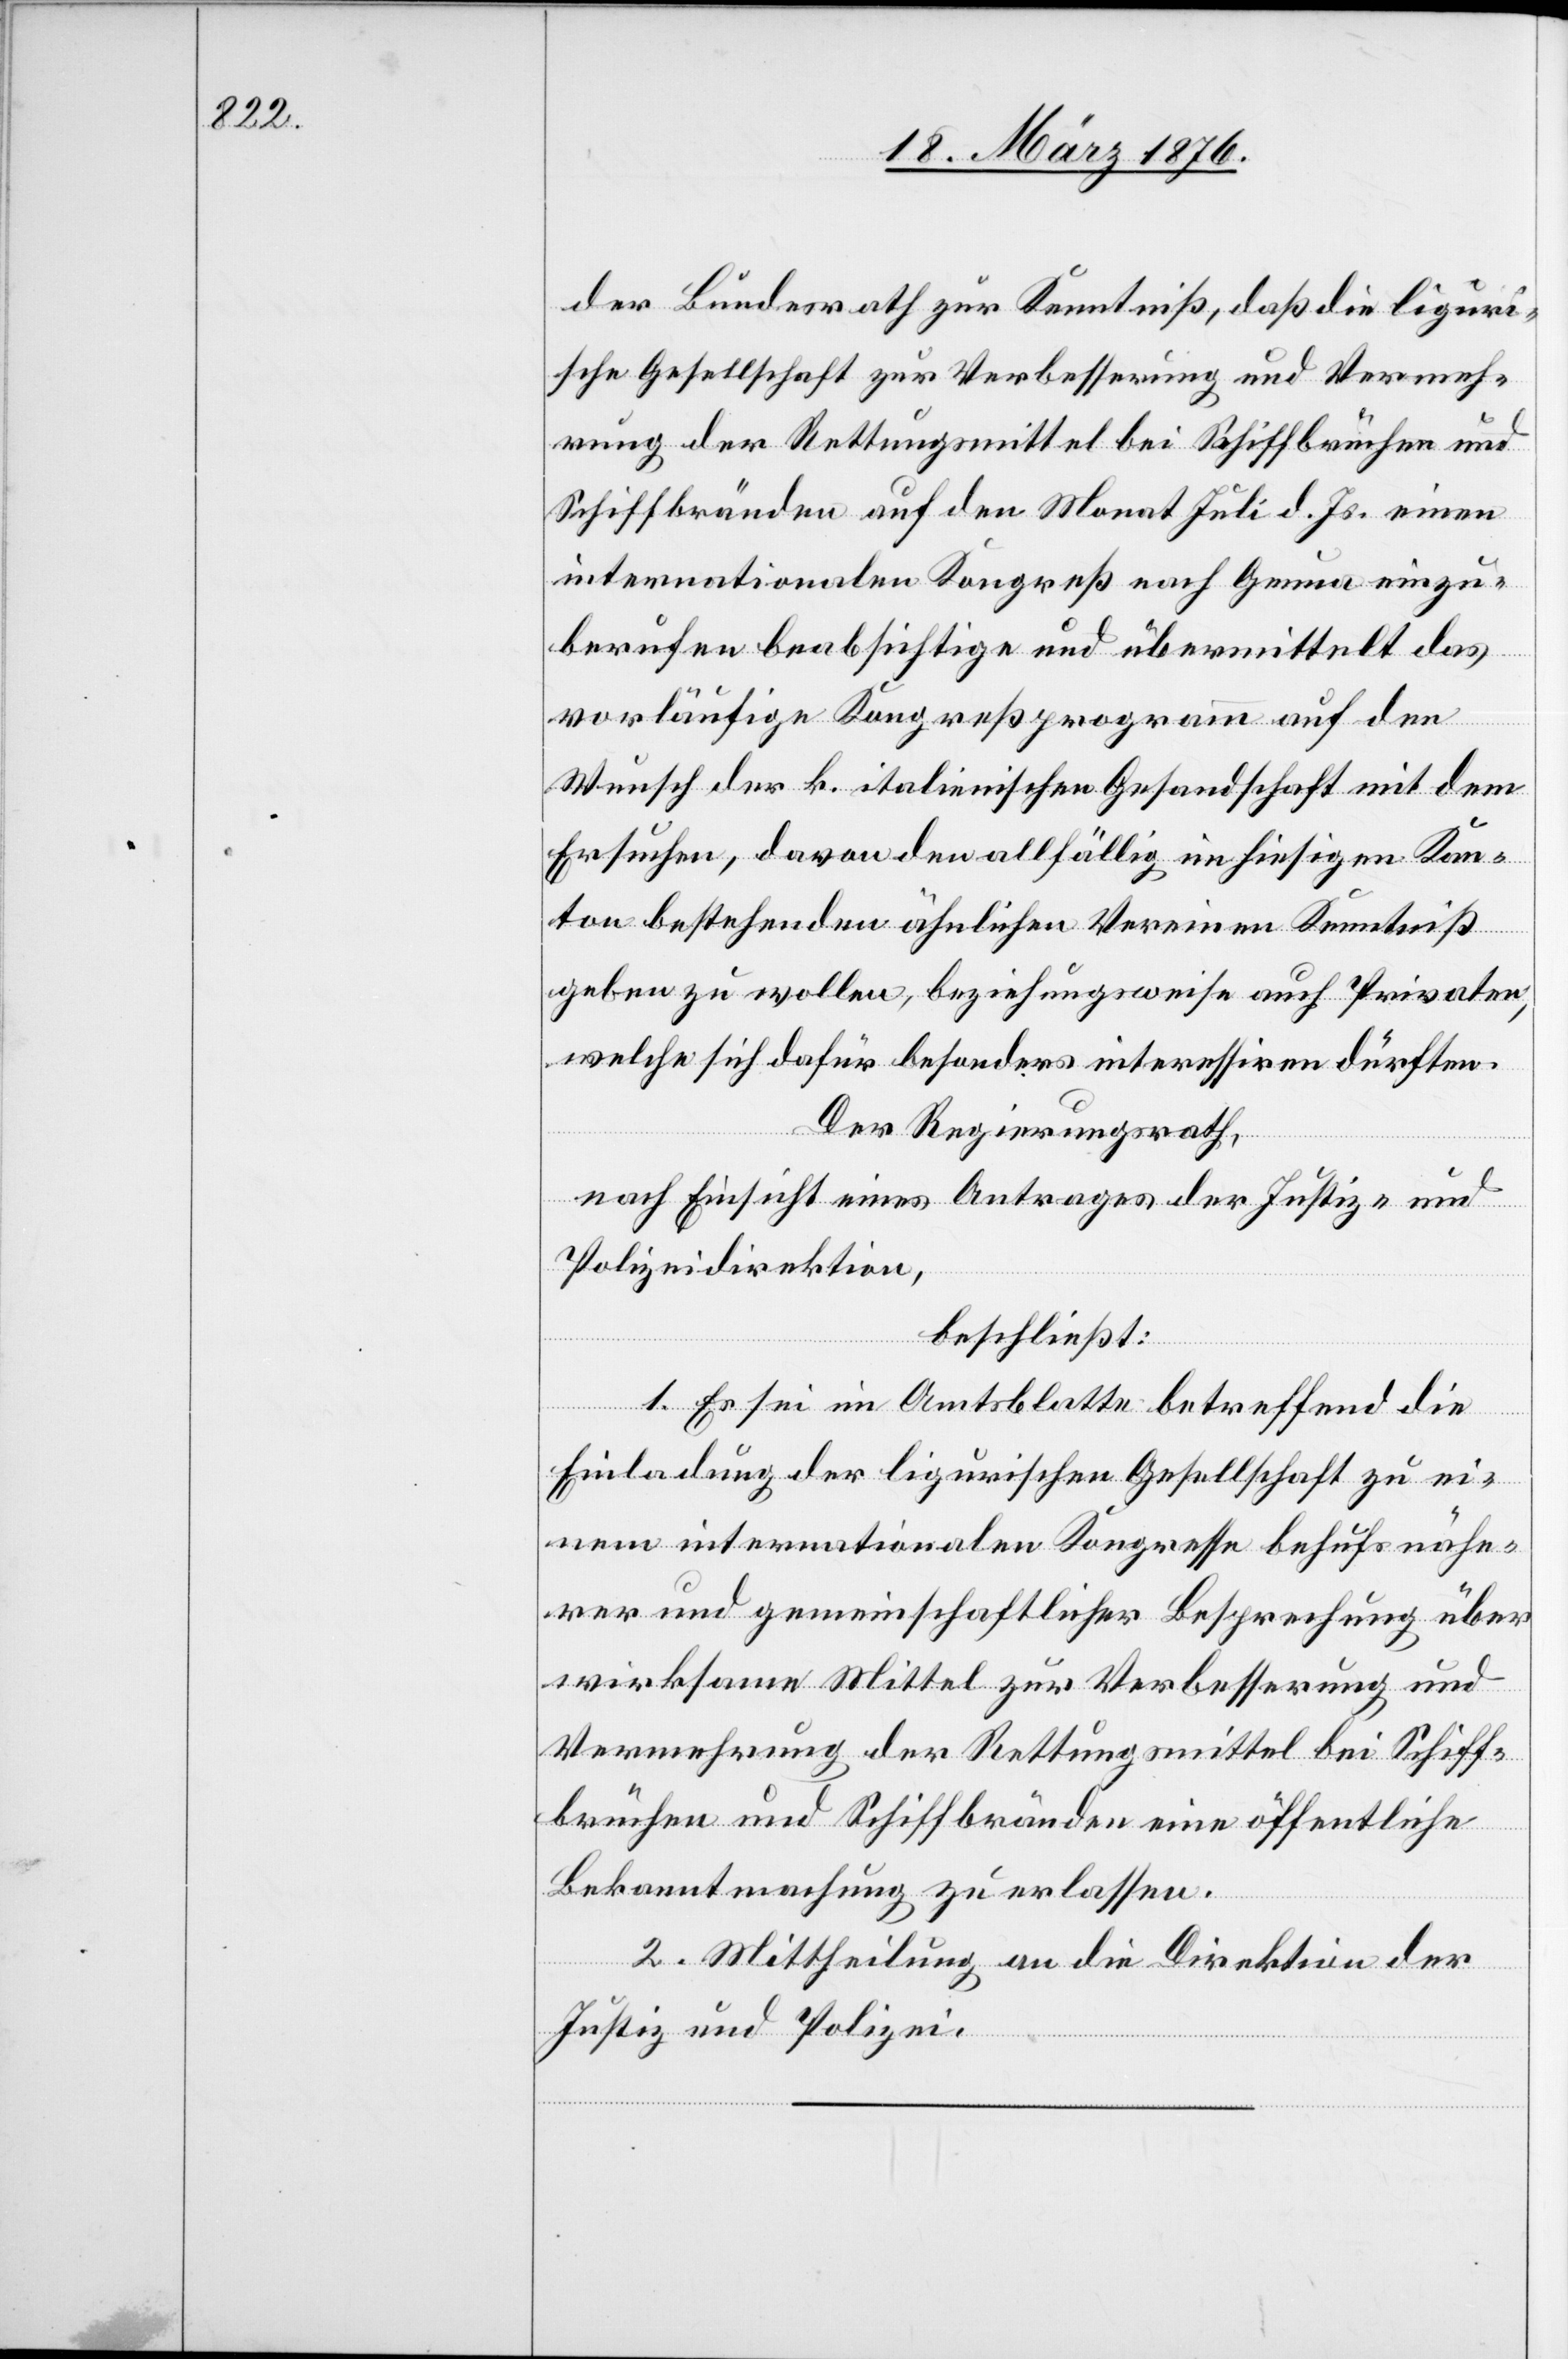
der Bundesrath zur Kenntniß, daß die liguri¬
sche Gesellschaft zur Verbesserung und Vermeh¬
rung der Rettungsmittel bei Schiffbrüchen und
Schiffbränden auf den Monat Juli d. Js. einen
internationalen Kongreß nach Genua einzu¬
berufen beabsichtige und übermittelt das
vorläufige Kongreßprogramm auf den
Wunsch der k. italienischen Gesandtschaft mit dem
Ersuchen, davon den allfällig im hiesigen Kan¬
ton bestehenden ähnlichen Vereinen Kenntniß
geben zu wollen, beziehungsweise auch Privaten,
welche sich dafür besonders interessieren dürften.
Der Regierungsrath,
nach Einsicht eines Antrages der Justiz- und
Polizeidirektion,
beschließt:
1. Es sei im Amtsblatte betreffend die
Einladung der ligurischen Gesellschaft zu ei¬
nem internationalen Kongresse behufs nähe¬
rer und gemeinschaftlicher Besprechung über
wirksame Mittel zur Verbesserung und
Vermehrung der Rettungsmittel bei Schiff¬
brüchen und Schiffbränden eine öffentliche
Bekanntmachung zu erlassen.
2. Mittheilung an die Direktion der
Justiz und Polizei.